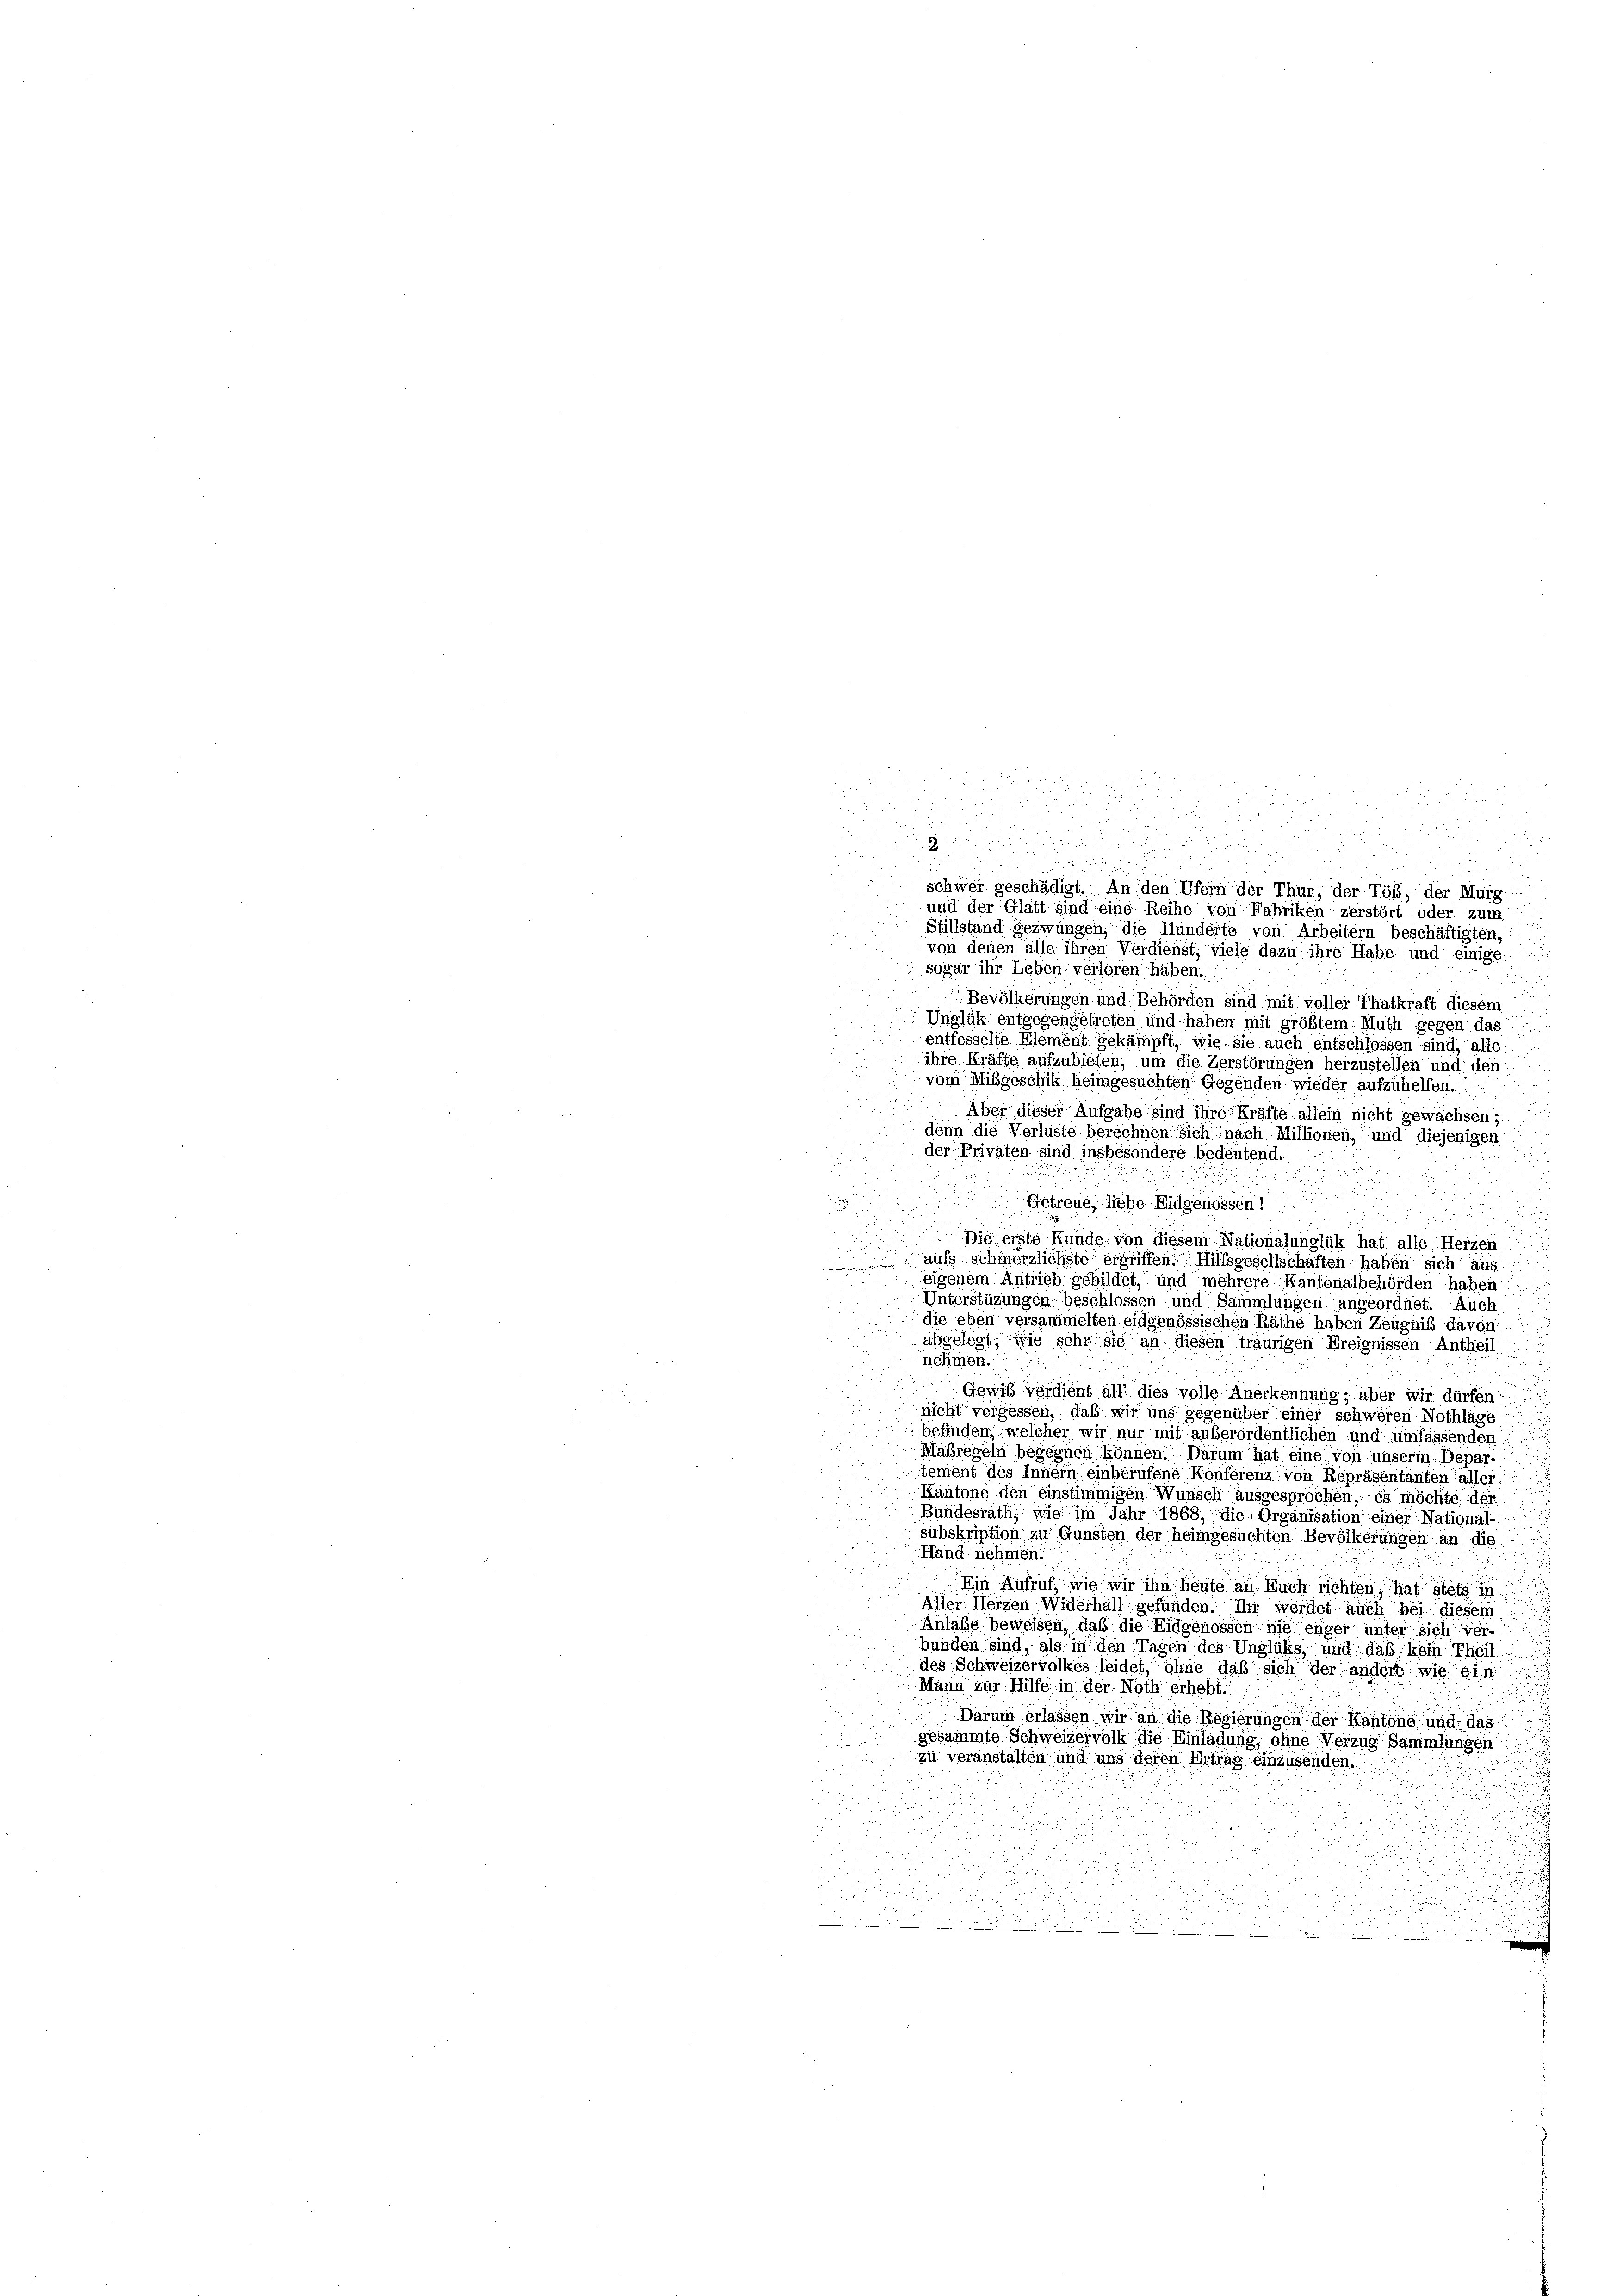
.
1
.
2

schwer geschädigt. An den Ufern der Thür, der Töß, der Murg
und der Glatt sind eine Reihe von Fabriken zerstört oder zum
Stillstand gezwungen, die Hunderte von Arbeitern beschäftigten,

von denen alle ihren Verdienst, viele dazu ihre Habe und einige
sogar ihr Leben verlören haben.
Bevölkerungen und Behörden sind mit voller Thatkraft diesem
Unglük entgegengetreten und haben mit größtem Muth gegen das
entfesselte Element gekämpft, wie sie auch entschlossen sind, alle
ihre Kräffe aufzubieten, um die Zerstörungen herzustellen und den
vom Mißgeschik heimgesuchten Gegenden wieder aufzuhelfen.
Aber dieser Aufgabe sind ihre Kräfte allein nicht gewachsen;
denn die Verlüste berechnen sich nach Millionen, und diejenigen
der Privaten sind insbesondere bedeutend.
Getreue, liebe Eidgenössen!
gig erste Münde von diesem Nationalunglük hat alle Heizen

aufs schmerzlichste ergriffen. Hilfsgesellschäften haben sich aus
eigenem Antrieb gebildet, und mehrere Kantonalbehörden haben:
Unterstüzungen beschlossen und Sammlungen angeordnet. Auch
die eben versammelten eidgenössischen Räthe haben Zeugniß davon
abgelegt, wie sehr sie an diesen traurigen Ereignissen Antheil
nehmen.
Gewiß verdient all’ dies volle Anerkennung; aber wir dürfen
nicht vorgessen, daß wir uns gegenüber einer schweren Nothlage
befinden, welcher wir nur mit außerordentlichen und umfassenden
Mabregeln begegnen können. Darum hat eine von unserm Departement des Innern einberufene Konferenz von Repräsentanten aller.
Kantone den einstimmigen Wunsch ausgesprochen, es möchte der
Bundesrath, wie im Jahr 1868, die Organisation einer National-
subskription zu Gunsten der heimgesuchten Bevölkerungen an die
Hand nehmen:
Ein Aufruf, wie wir ihn heute an Ruch richten, hat stets in
Aller Herzen Widerhall gefunden. Ihr werdet auch bei diesem
Anlaße beweisen, daß die Eidgenossen nie enger unter sich ver-
bunden sind, als in den Tagen des Unglüks, und daß kein Theil
des Schweizervolkes leidet, ohne daß sich der anders wie ein
Mann zur Hilfe in der Noth erhebt.
Darum erlassen wir an die Regierungen der Kantone und das
u
gesammte Schweizervolk die Einladung, ohne Verzug Sammlungen
zu veranstalten und uns deren Ertrag einzusenden.